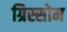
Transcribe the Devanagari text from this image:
ग्रिस्सोम